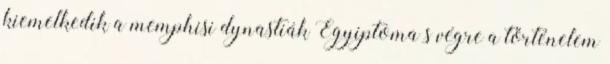
kiemelkedik a memphisi dynastiák Egyiptoma s végre a történelem